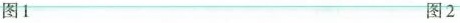
图1 图2